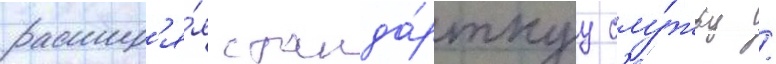
расшир'я́я станда́ртнуу слу́жбу /